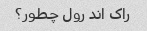
راک اند رول چطور؟